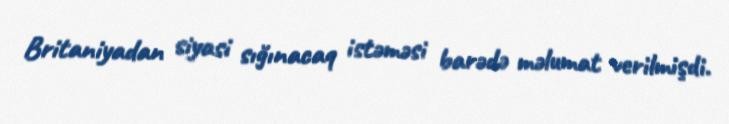
Britaniyadan siyasi sığınacaq istəməsi barədə məlumat verilmişdi.